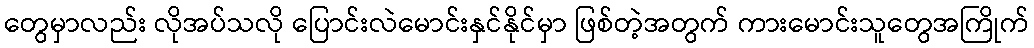
တွေမှာလည်း လိုအပ်သလို ပြောင်းလဲမောင်းနှင်နိုင်မှာ ဖြစ်တဲ့အတွက် ကားမောင်းသူတွေအကြိုက်